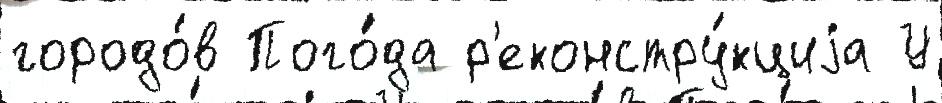
городо́в Пого́да р'еконстру́кциjа У